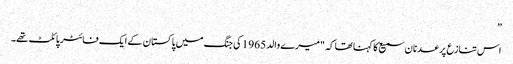
”
اس تنازع پر عدنان سمیع کا کہنا تھا کہ "میرے والد 1965 کی جنگ میں پاکستان کے ایک فائٹر پائلٹ تھے۔